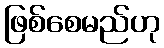
ဖြစ်စေမည်ဟု